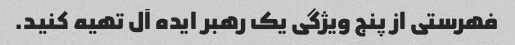
فهرستی از پنج ویژگی یک رهبر ایده آل تهیه کنید.